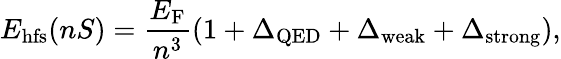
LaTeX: E_{\mathrm{hfs}}(nS)=\frac{E_{\mathrm{F}}}{n^{3}}\left(1+\Delta_{\mathrm{QED}}+\Delta_{\mathrm{weak}}+\Delta_{\mathrm{strong}}\right),